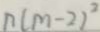
n ( m - 2 ) ^ { 2 }